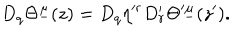
D _ { q } \Theta ^ { \underline { { \mu } } } ( z ) = D _ { q } \eta ^ { \prime r } D _ { r } ^ { \prime } \Theta ^ { \prime \underline { { \mu } } } ( z ^ { \prime } ) .